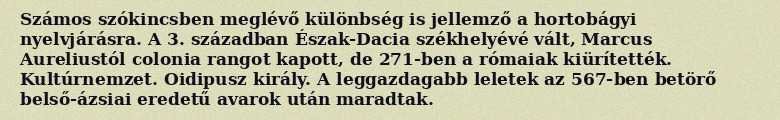
Számos szókincsben meglévő különbség is jellemző a hortobágyi nyelvjárásra. A 3. században Észak-Dacia székhelyévé vált, Marcus Aureliustól colonia rangot kapott, de 271-ben a rómaiak kiürítették. Kultúrnemzet. Oidipusz király. A leggazdagabb leletek az 567-ben betörő belső-ázsiai eredetű avarok után maradtak.